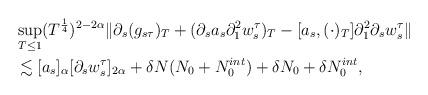
LaTeX: \begin{align*}& \sup_{T\leq1}(T^{\frac{1}{4}})^{2-2\alpha} \| \partial_s (g_{s \tau})_T + (\partial_s a_s \partial_1^2 w_{s}^{\tau} )_T - [a_s , (\cdot)_T ] \partial_1^2 \partial_s w^{\tau}_{s} \|\\ & \lesssim [a_s]_{\alpha} [\partial_s w_{s}^{\tau} ]_{2\alpha} + \delta N (N_0 + N_0^{int}) + \delta N_0 + \delta N_0^{int},\\\end{align*}